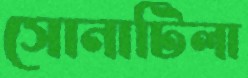
সোনাটিলা